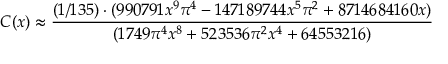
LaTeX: C ( x ) \approx { \frac { ( 1 / 1 3 5 ) \cdot ( 9 9 0 7 9 1 x ^ { 9 } \pi ^ { 4 } - 1 4 7 1 8 9 7 4 4 x ^ { 5 } \pi ^ { 2 } + 8 7 1 4 6 8 4 1 6 0 x ) } { ( 1 7 4 9 \pi ^ { 4 } x ^ { 8 } + 5 2 3 5 3 6 \pi ^ { 2 } x ^ { 4 } + 6 4 5 5 3 2 1 6 ) } }